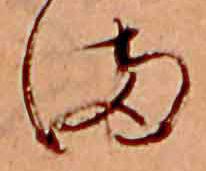
ま